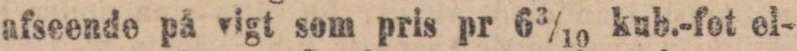
afseende på vigt som pris pr 63/10 kub.-fot el-